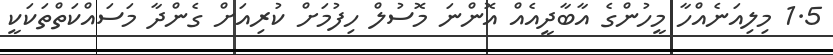
1.5 މިލިއަނެއްހާ މީހުންގެ އާބާދީއެއް އޮންނަ މޮސުލް ހިފުމަށް ކުރިއަށް ގެންދާ މަސައްކަތްތަކަކީ